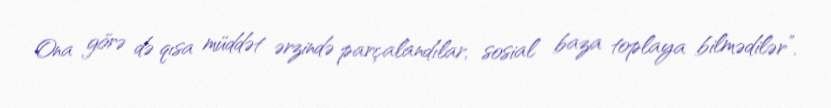
Ona görə də qısa müddət ərzində parçalandılar, sosial baza toplaya bilmədilər”.